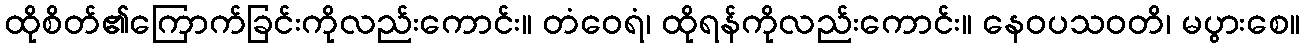
ထိုစိတ်၏ကြောက်ခြင်းကိုလည်းကောင်း။ တံဝေရံ၊ ထိုရန်ကိုလည်းကောင်း။ နေဝပသဝတိ၊ မပွားစေ။